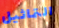
التماثيل